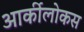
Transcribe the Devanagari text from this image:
आर्कीलोकस